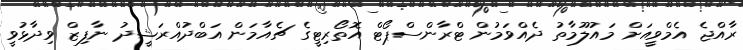
ރާއްޖެ އެމްވީއަށް މައުލޫމާތު ދެއްވަމުން ޓްރާންސްޕޯޓް އޮތޯރިޓީގެ ޗެއާމަން އަބްދުއްރަޝީދު ނާފިޒް ވިދާޅުވީ